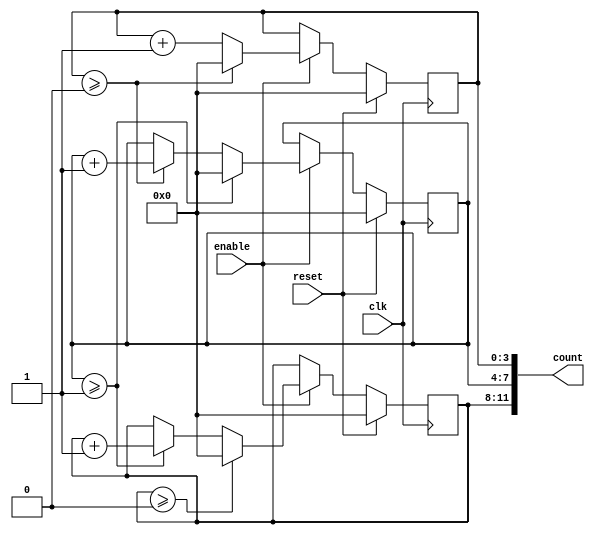
module mixed_radix_counter #(
    parameter NUM_DIGITS = 3, // Number of digits in the counter
    parameter [NUM_DIGITS*4-1:0] RADIXES = {4'd4, 4'd3, 4'd2} // Radix values for each digit (max 15)
)(
    input wire clk,             // Clock signal
    input wire reset,           // Synchronous reset
    input wire enable,          // Enable signal for counting
    output reg [NUM_DIGITS*4-1:0] count // Output count value
);

    // Internal registers to hold the current count for each digit
    reg [3:0] digit [0:NUM_DIGITS-1]; // Each digit can hold a maximum of 4 bits (0-15)

    integer i;

    // Initialize the counter
    initial begin
        for (i = 0; i < NUM_DIGITS; i = i + 1) begin
            digit[i] = 0;
        end
    end

    // Counting mechanism
    always @(posedge clk) begin
        if (reset) begin
            // Reset all digits to zero
            for (i = 0; i < NUM_DIGITS; i = i + 1) begin
                digit[i] <= 0;
            end
        end else if (enable) begin
            // Increment the least significant digit
            digit[0] <= digit[0] + 1;

            // Handle overflow and cascading
            for (i = 0; i < NUM_DIGITS; i = i + 1) begin
                if (digit[i] >= RADIXES[i]) begin
                    digit[i] <= 0; // Reset current digit
                    if (i + 1 < NUM_DIGITS) begin
                        digit[i + 1] <= digit[i + 1] + 1; // Increment next digit
                    end
                end
            end
        end
    end

    // Output representation
    always @(*) begin
        count = {digit[NUM_DIGITS-1], digit[NUM_DIGITS-2], digit[NUM_DIGITS-3]}; // Concatenate digits
    end

endmodule